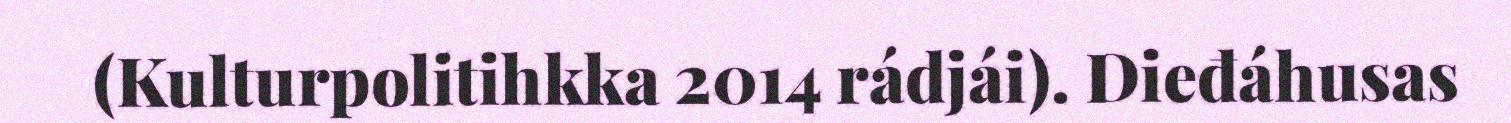
(Kulturpolitihkka 2014 rádjái). Dieđáhusas